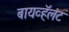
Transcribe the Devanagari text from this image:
बायव्हॅलंट